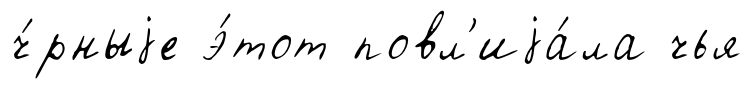
ч́рныjе э́тот повл'иjа́ла чья